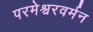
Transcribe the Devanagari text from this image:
परमेश्वरवर्मन